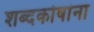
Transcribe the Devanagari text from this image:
शब्दकोषांना